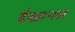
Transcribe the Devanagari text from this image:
बैखानस